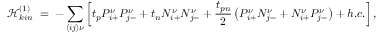
\mathcal { H } _ { k i n } ^ { ( 1 ) } \; = \; - \sum _ { \left\langle i j \right\rangle \nu } \left[ t _ { p } P _ { i { + } } ^ { \nu } P _ { j { - } } ^ { \nu } + t _ { n } N _ { i { + } } ^ { \nu } N _ { j { - } } ^ { \nu } + \frac { t _ { p n } } { 2 } \left( P _ { i { + } } ^ { \nu } N _ { j { - } } ^ { \nu } + N _ { i { + } } ^ { \nu } P _ { j { - } } ^ { \nu } \right) + h . c . \right] ,